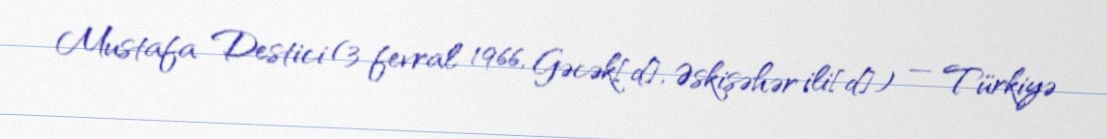
Mustafa Destici (3 fevral 1966, Gəcək[d], Əskişəhər ili[d]) — Türkiyə